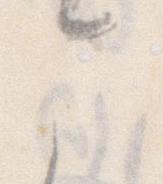
こ